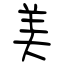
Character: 美